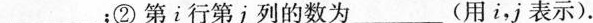
___$$；②第i行第j列的数为___(用i，j表示).